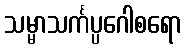
သမ္မာသင်္ကပ္ပဂေါစရော